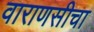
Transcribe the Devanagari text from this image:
वाराणसीचा